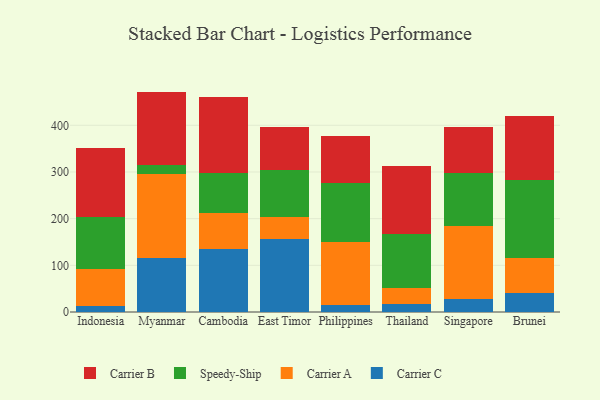
{"axis": {"x": "Country", "y": "Temperature (°C)"}, "legend": ["Carrier A", "Carrier B", "Carrier C", "Speedy-Ship"], "data": [{"x": "Indonesia", "y": 13.4, "type": "Carrier C"}, {"x": "Indonesia", "y": 78.7, "type": "Carrier A"}, {"x": "Indonesia", "y": 111.9, "type": "Speedy-Ship"}, {"x": "Indonesia", "y": 147.6, "type": "Carrier B"}, {"x": "Myanmar", "y": 116.6, "type": "Carrier C"}, {"x": "Myanmar", "y": 178.9, "type": "Carrier A"}, {"x": "Myanmar", "y": 20.4, "type": "Speedy-Ship"}, {"x": "Myanmar", "y": 156.3, "type": "Carrier B"}, {"x": "Cambodia", "y": 135.7, "type": "Carrier C"}, {"x": "Cambodia", "y": 77.2, "type": "Carrier A"}, {"x": "Cambodia", "y": 84.5, "type": "Speedy-Ship"}, {"x": "Cambodia", "y": 164.0, "type": "Carrier B"}, {"x": "East Timor", "y": 157.0, "type": "Carrier C"}, {"x": "East Timor", "y": 47.3, "type": "Carrier A"}, {"x": "East Timor", "y": 100.5, "type": "Speedy-Ship"}, {"x": "East Timor", "y": 92.4, "type": "Carrier B"}, {"x": "Philippines", "y": 14.2, "type": "Carrier C"}, {"x": "Philippines", "y": 135.7, "type": "Carrier A"}, {"x": "Philippines", "y": 126.4, "type": "Speedy-Ship"}, {"x": "Philippines", "y": 101.8, "type": "Carrier B"}, {"x": "Thailand", "y": 16.7, "type": "Carrier C"}, {"x": "Thailand", "y": 34.1, "type": "Carrier A"}, {"x": "Thailand", "y": 116.4, "type": "Speedy-Ship"}, {"x": "Thailand", "y": 145.4, "type": "Carrier B"}, {"x": "Singapore", "y": 28.2, "type": "Carrier C"}, {"x": "Singapore", "y": 156.8, "type": "Carrier A"}, {"x": "Singapore", "y": 111.8, "type": "Speedy-Ship"}, {"x": "Singapore", "y": 99.0, "type": "Carrier B"}, {"x": "Brunei", "y": 41.2, "type": "Carrier C"}, {"x": "Brunei", "y": 74.8, "type": "Carrier A"}, {"x": "Brunei", "y": 167.0, "type": "Speedy-Ship"}, {"x": "Brunei", "y": 136.0, "type": "Carrier B"}]}